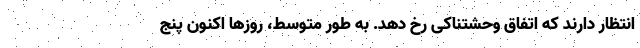
انتظار دارند که اتفاق وحشتناکی رخ دهد. به طور متوسط، روزها اکنون پنج